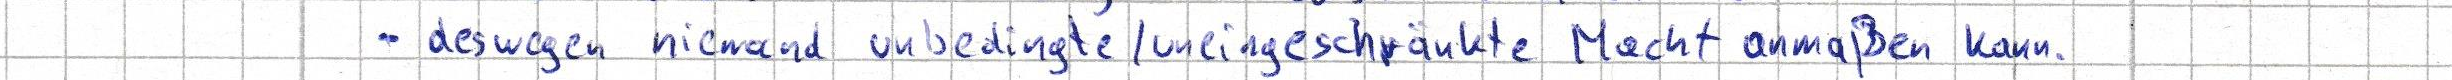
- deswegen niemand unbedingte / uneingeschränkte Macht anmaßen kann